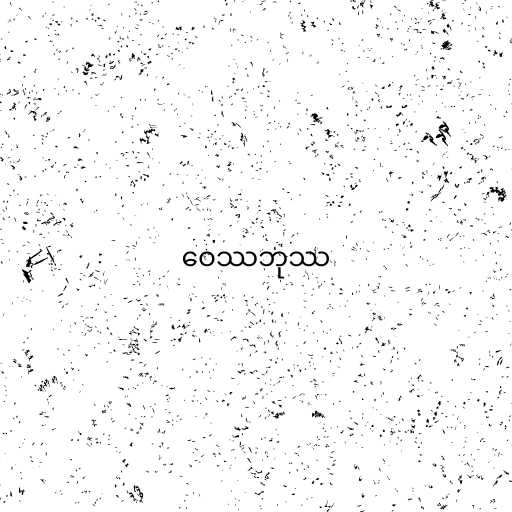
ဝေဿဘုဿ